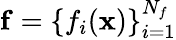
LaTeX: \mathbf{f}=\{ f_{i}(\mathbf{x})\} _{i=1}^{N_{f}}